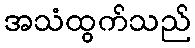
အသံထွက်သည်